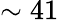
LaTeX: \sim 41